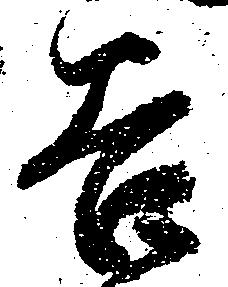
谷